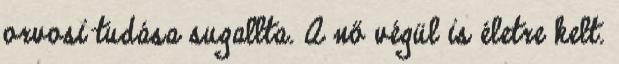
orvosi tudása sugallta. A nő végül is életre kelt.